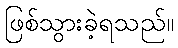
ဖြစ်သွားခဲ့ရသည်။